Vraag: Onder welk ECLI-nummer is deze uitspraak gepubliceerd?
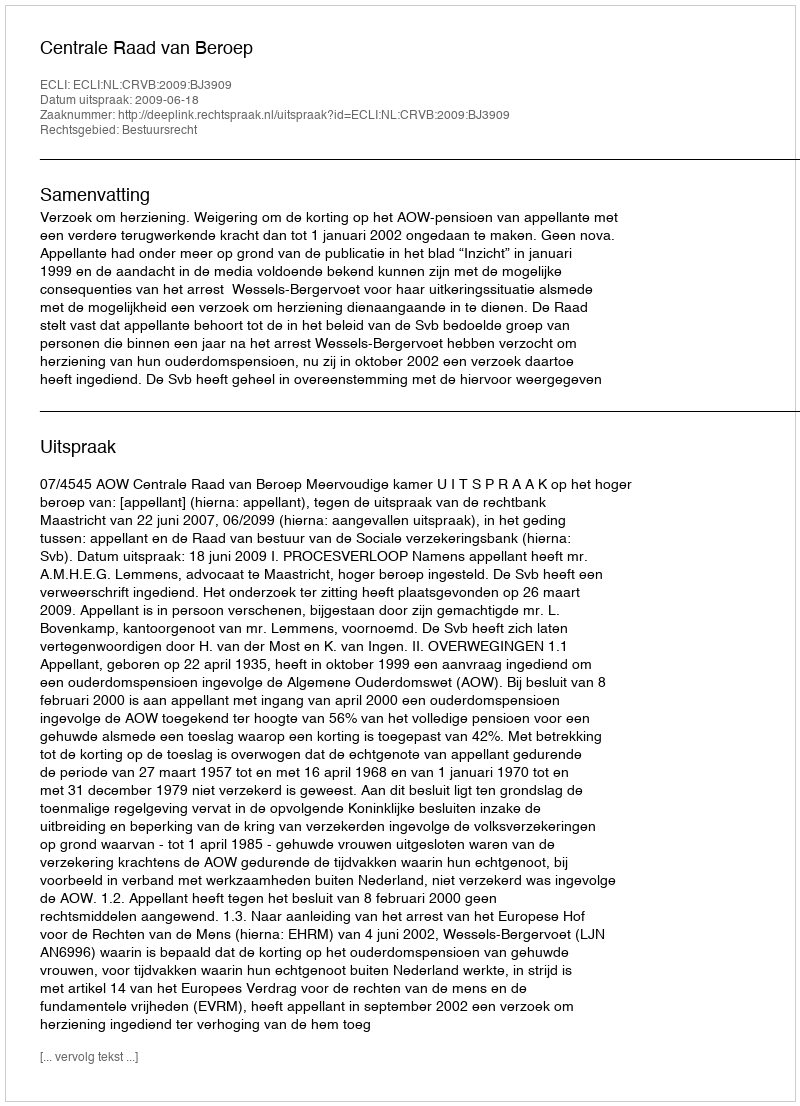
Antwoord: ECLI:NL:CRVB:2009:BJ3909